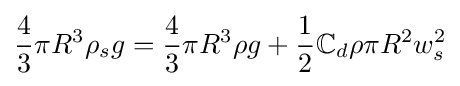
{\frac {4}{3}}\pi R^{3}\rho _{s}g={\frac {4}{3}}\pi R^{3}\rho g+{\frac {1}{2}}\mathbb {C} _{d}\rho \pi R^{2}w_{s}^{2}